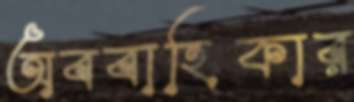
অববাহিকার